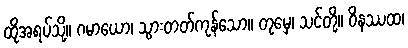
ထိုအရပ်သို့။ ဂမာယော၊ သွားတတ်ကုန်သော။ တုမှေ၊ သင်တို့။ ဝိနဿထ၊